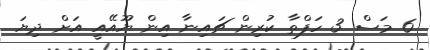
6 މަސް 3 ހަފްތާ ކުރިން ޗައިނާ އިން ޔޫއޭއީ އަށް ދިޔަ